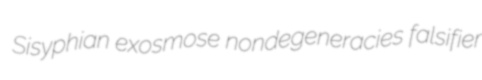
Sisyphian exosmose nondegeneracies falsifier